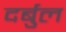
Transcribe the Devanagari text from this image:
दर्बुल